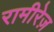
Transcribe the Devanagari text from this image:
रामीरेज़